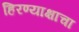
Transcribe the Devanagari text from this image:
हिरण्याक्षाचा